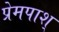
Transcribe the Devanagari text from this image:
प्रेमपाश्